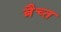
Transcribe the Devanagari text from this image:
ब्रैच्त